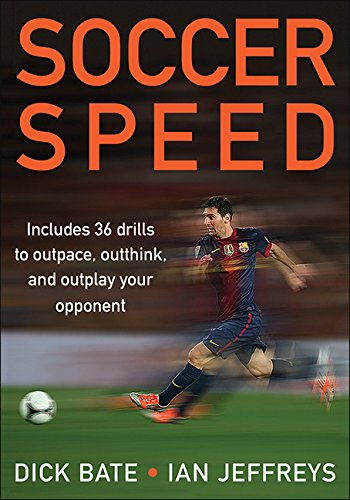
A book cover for Soccer Speed; Richard Bate; Sports & Outdoors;